Vaccine operations Central Provinces 1868-1885 - 1868-1885
Year: 1868
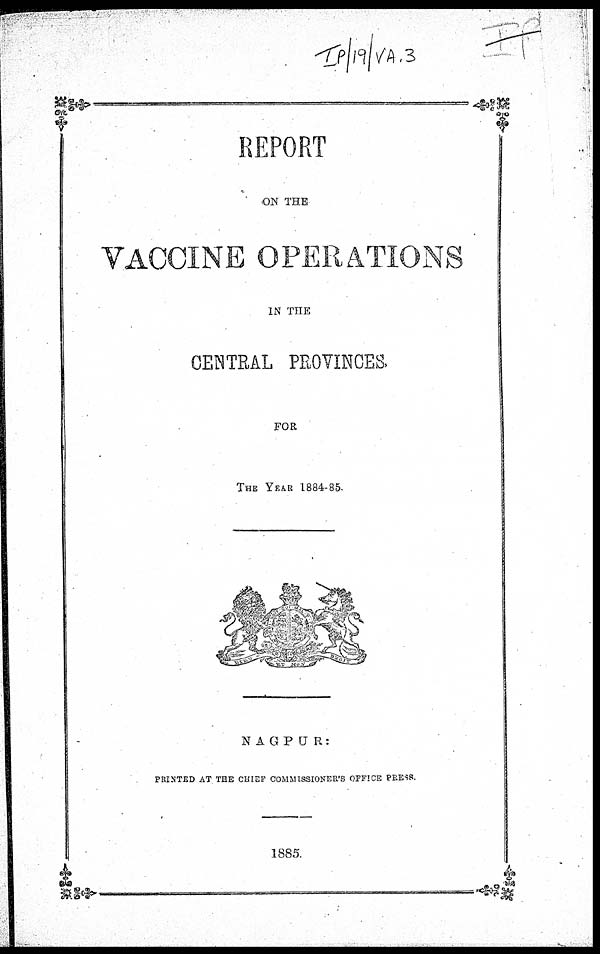
REPORT
ON THE
VACCINE OPERATIONS
IN THE
CENTRAL PROVINCES,
FOR
THE YEAR 1884-85.
NAGPUR:
PRINTED AT THE CHIEF COMMISSIONER'S OFFICE PRESS.
1885.